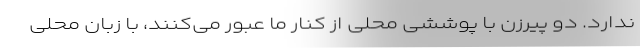
ندارد. دو پیرزن با پوششی محلی از کنار ما عبور می‌کنند، با زبان محلی